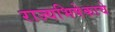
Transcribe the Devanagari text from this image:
राज्यभिषेकाचे